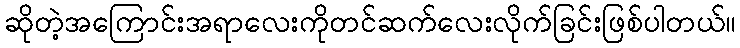
ဆိုတဲ့အကြောင်းအရာလေးကိုတင်ဆက်လေးလိုက်ခြင်းဖြစ်ပါတယ်။